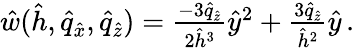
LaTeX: \begin{array}{r}{\hat{w}(\hat{h},\hat{q}_{\hat{x}},\hat{q}_{\hat{z}})=\frac{-3\hat{q}_{\hat{z}}}{2\hat{h}^{3}}\hat{y}^{2}+\frac{3\hat{q}_{\hat{z}}}{\hat{h}^{2}}\hat{y}\, .}\end{array}